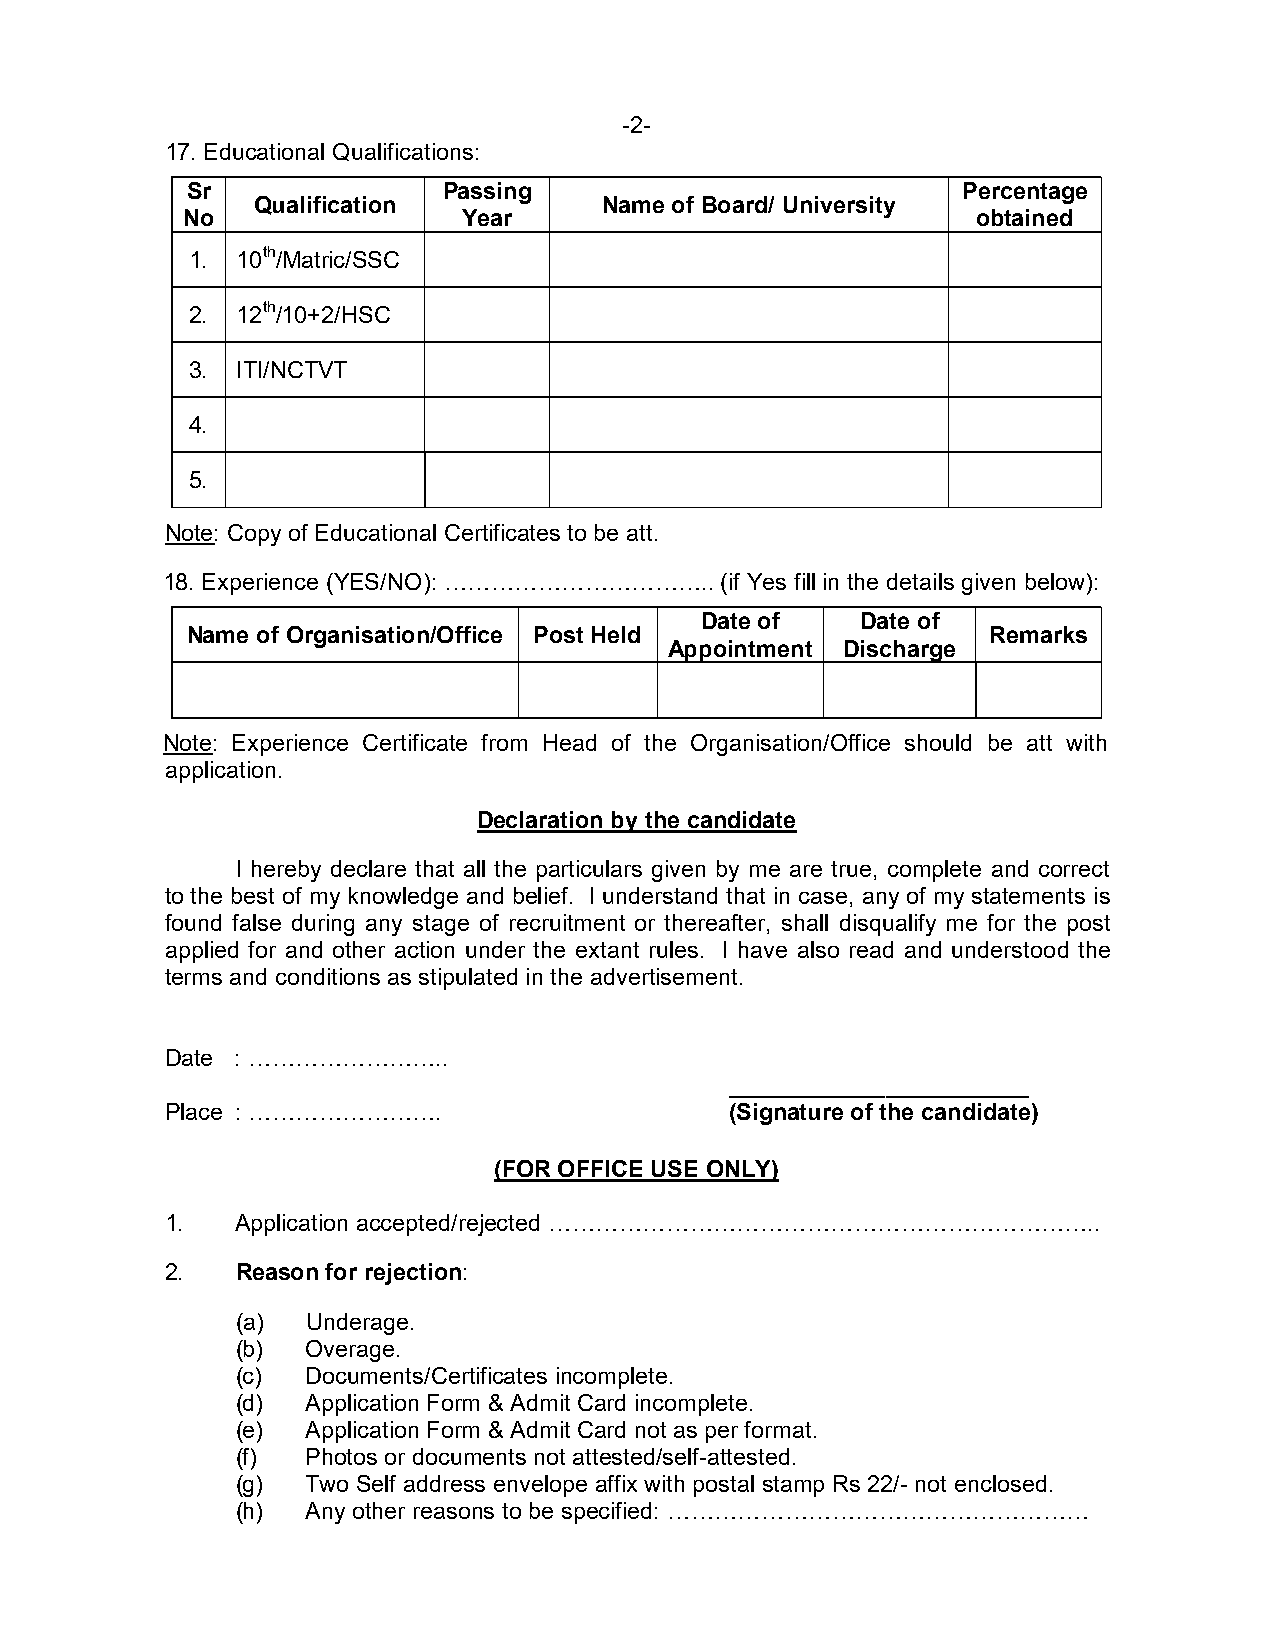
-2-
 17. Educational Qualifications:
 Sr               Passing                            Percentage
 Qualification          Name of Board/ University
 No                 Year                              obtained
 1. 10th/Matric/SSC
 2. 12th/10+2/HSC
 3. ITI/NCTVT
 4.
 5.
 Note: Copy of Educational Certificates to be att.
 18. Experience (YES/NO): …………………………….. (if Yes fill in the details given below):
 Date of    Date of
 Name of Organisation/Office Post Held                Remarks
 Appointment Discharge
 Note: Experience Certificate from Head of the Organisation/Office should be att with
 application.
 Declaration by the candidate
 I hereby declare that all the particulars given by me are true, complete and correct
 to the best of my knowledge and belief. I understand that in case, any of my statements is
 found false during any stage of recruitment or thereafter, shall disqualify me for the post
 applied for and other action under the extant rules. I have also read and understood the
 terms and conditions as stipulated in the advertisement.
 Date : ……………………..
 _______________________
 Place : …………………….                    (Signature of the candidate)
 (FOR OFFICE USE ONLY)
 1.   Application accepted/rejected ……………………………………………………………..
 2.   Reason for rejection:
 (a) Underage.
 (b) Overage.
 (c) Documents/Certificates incomplete.
 (d) Application Form & Admit Card incomplete.
 (e) Application Form & Admit Card not as per format.
 (f) Photos or documents not attested/self-attested.
 (g) Two Self address envelope affix with postal stamp Rs 22/- not enclosed.
 (h) Any other reasons to be specified: ………………………………………………